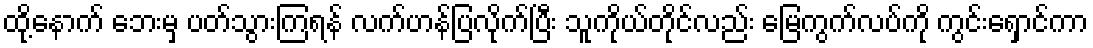
ထို့နောက် ဘေးမှ ပတ်သွားကြရန် လက်ဟန်ပြလိုက်ပြီး သူကိုယ်တိုင်လည်း မြေကွက်လပ်ကို ကွင်းရှောင်ကာ